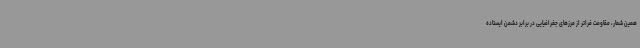
همین شعار، مقاومت فراتر از مرزهای جغرافیایی در برابر دشمن ایستاده